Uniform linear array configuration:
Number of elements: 64
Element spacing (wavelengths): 0.5
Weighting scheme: uniform
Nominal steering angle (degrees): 0
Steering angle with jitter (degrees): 1.937
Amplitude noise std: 0.05
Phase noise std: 0.05

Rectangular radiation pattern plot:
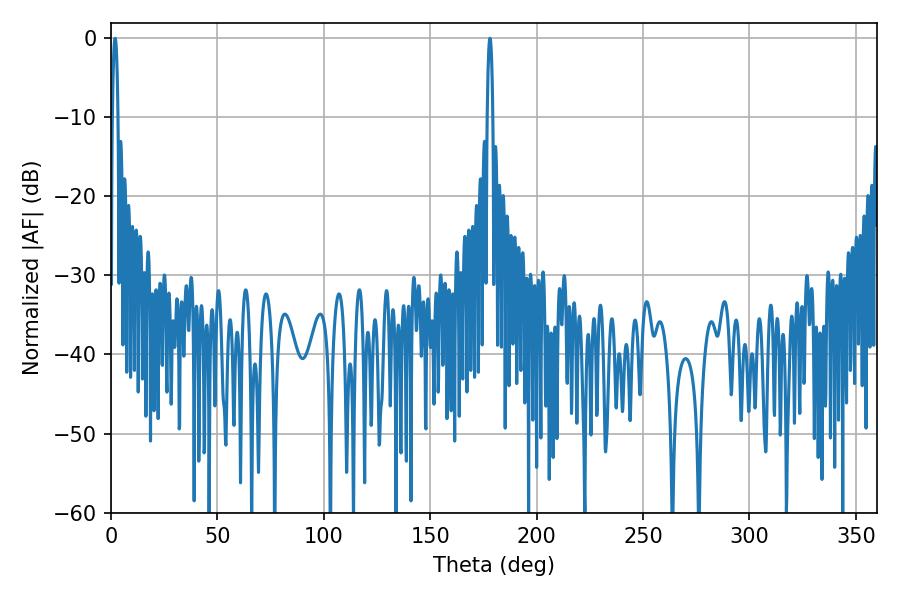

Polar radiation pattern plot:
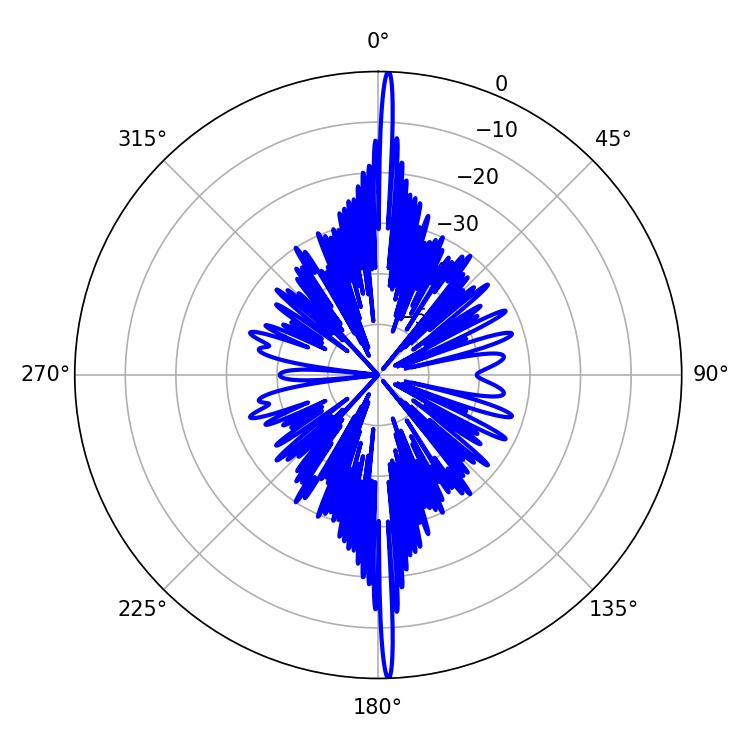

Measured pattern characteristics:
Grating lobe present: FALSE
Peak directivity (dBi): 29.594
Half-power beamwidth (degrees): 1.44
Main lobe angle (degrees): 178.02